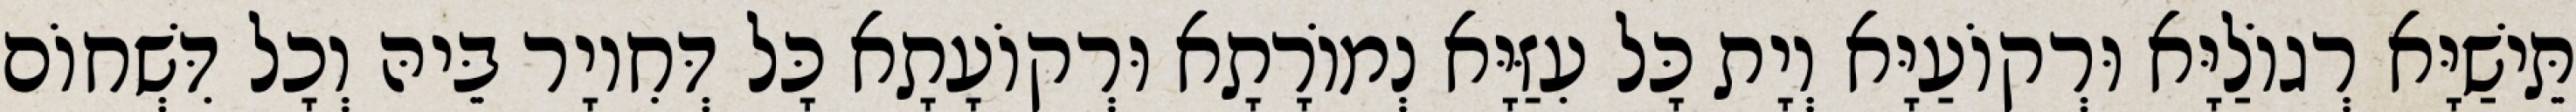
תֵּישַׁיָּא רְגוֹלַיָּא וּרְקוֹעַיָּא וְיָת כָּל עִזַּיָּא נְמוֹרָתָא וּרְקוֹעָתָא כָּל דְּחִיוָר בֵּיהּ וְכָל דִּשְׁחוֹם